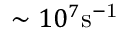
\sim 1 0 ^ { 7 } \mathrm { s ^ { - 1 } }